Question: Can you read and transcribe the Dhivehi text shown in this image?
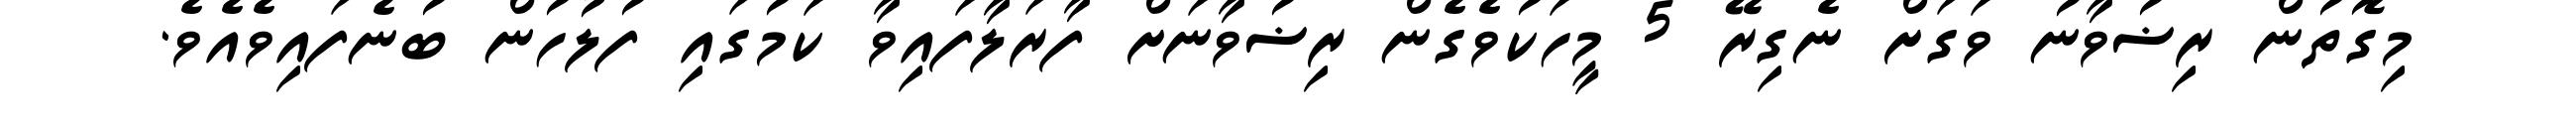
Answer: މިގޮތުން ރިޟުވާނު ވަގަށް ނެގިރޭ 5 މީހަކުވެގެން ރިޟުވާނަށް ފާރަލާފައިވާ ކަމުގައި ފުލުހުން ބުނެފައިވެއެވެ.